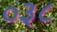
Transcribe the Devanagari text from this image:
०३८